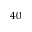
4 0